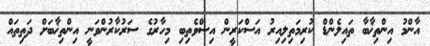
އާންމު އިންތިޚާބާ ތައިލެންޑް ކުރިމަތިލިއިރު އަސްކަރީން އިސްވެތިބި މިހާރުގެ ސަރުކާރުންވަނީ އިންތިޚާބަށް ދަތިތައް